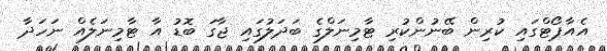
އެއާޕޯޓްގައި ކުރިން ބޭނުންކުރި ޓާމިނަލްގެ ބަދަލުގައި ޖާގަ ބޮޑު އާ ޓާމިނަލެއް ނަހަދާ